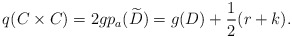
\begin{align*}q(C\times C)=2g p_a(\widetilde{D})=g(D)+\frac{1}{2}(r+k).\end{align*}